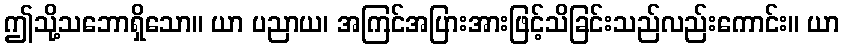
ဤသို့သဘောရှိသော။ ယာ ပညာယ၊ အကြင်အပြားအားဖြင့်သိခြင်းသည်လည်းကောင်း။ ယာ